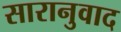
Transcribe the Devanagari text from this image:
सारानुवाद